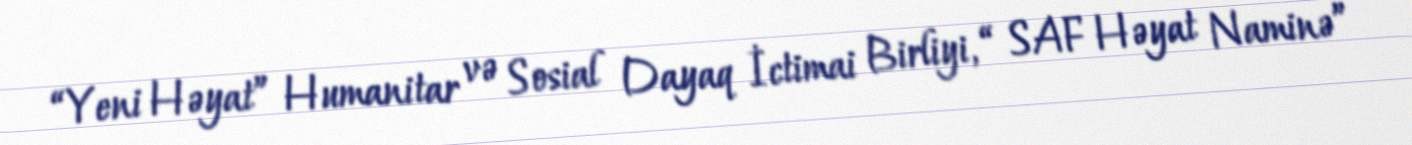
“Yeni Həyat” Humanitar və Sosial Dayaq İctimai Birliyi, “ SAF Həyat Naminə”